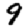
Digit: 9